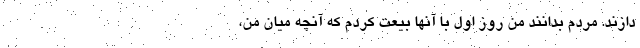
دازند. مردم بدانند من روز اول با آنها بیعت کردم که آنچه میان من،